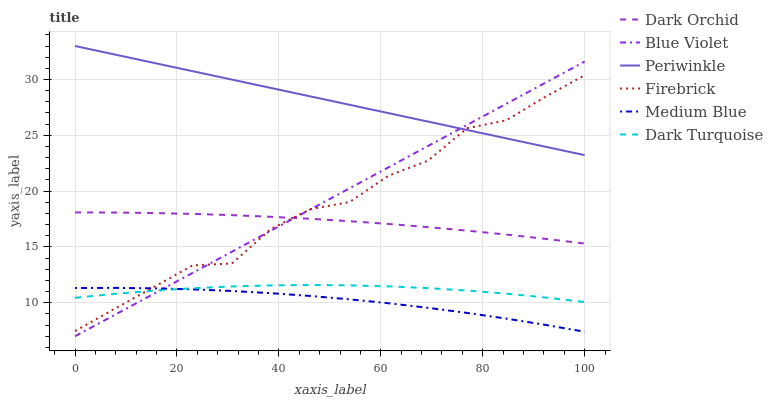
| xaxis_label | Dark Orchid | Blue Violet | Periwinkle | Firebrick | Medium Blue | Dark Turquoise |
 | --- | --- | --- | --- | --- | --- | --- |
 | 0 | 18.1 | 7 | 33 | 7.47 | 11.3 | 10.4 |
 | 7.69 | 18.1 | 8.89 | 32.2 | 9.44 | 11.3 | 10.8 |
 | 15.4 | 18 | 10.8 | 31.5 | 11.4 | 11.3 | 11.1 |
 | 23.1 | 18 | 12.7 | 30.7 | 13.4 | 11.2 | 11.3 |
 | 30.8 | 17.8 | 14.6 | 30 | 13.5 | 11.1 | 11.5 |
 | 38.5 | 17.7 | 16.5 | 29.2 | 16.6 | 10.9 | 11.6 |
 | 46.2 | 17.5 | 18.4 | 28.5 | 18.4 | 10.6 | 11.6 |
 | 53.8 | 17.3 | 20.2 | 27.7 | 19 | 10.3 | 11.6 |
 | 61.5 | 17.1 | 22.1 | 27 | 21.4 | 9.95 | 11.5 |
 | 69.2 | 16.8 | 24 | 26.2 | 22.7 | 9.55 | 11.3 |
 | 76.9 | 16.5 | 25.9 | 25.5 | 25.6 | 9.09 | 11.1 |
 | 84.6 | 16.1 | 27.8 | 24.7 | 26.3 | 8.58 | 10.8 |
 | 92.3 | 15.7 | 29.7 | 24 | 28.5 | 8.02 | 10.5 |
 | 100 | 15.3 | 31.6 | 23.2 | 30.4 | 7.4 | 10.1 |